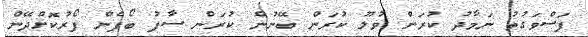
ފަސްވަގުތު ނަމާދު ކުރަން ވުލޫ ކުރަން ބޭނުން ކުރަން ސާފު ބޯފެން ފޯރުކޮށްދޭން